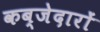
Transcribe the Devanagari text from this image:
कब्जेदारों